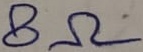
Text: 8Ω